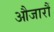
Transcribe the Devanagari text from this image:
औजारौं